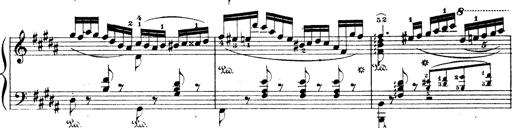
Title: Wagner-Liszt Album
Composer: Franz Liszt